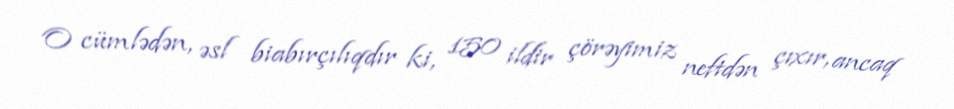
O cümlədən, əsl biabırçılıqdır ki, 150 ildir çörəyimiz neftdən çıxır, ancaq